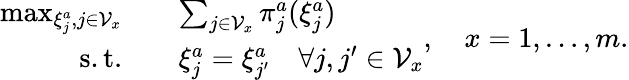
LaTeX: \begin{array}{rl}{\operatorname*{max}_{\xi_{j}^{a},j\in\mathcal{V}_{x}}\quad}&{\sum_{j\in\mathcal{V}_{x}}\pi_{j}^{a}(\xi_{j}^{a})}\\ {\mathrm{s.t.}\quad}&{\xi_{j}^{a}=\xi_{j^{\prime}}^{a}\quad\forall j,j^{\prime}\in\mathcal{V}_{x}}\end{array},\quad x=1,\dots,m.